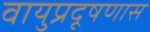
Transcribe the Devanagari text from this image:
वायुप्रदूषणास